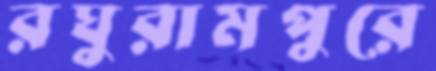
রঘুরামপুরে